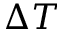
\Delta T